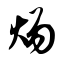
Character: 炀